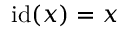
\operatorname { i d } ( x ) = x